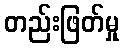
တည်းဖြတ်မှု